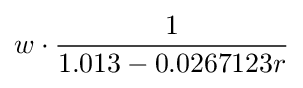
w\cdot {\frac {1}{1.013-0.0267123r}}